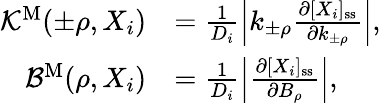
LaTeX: \begin{array}{rl}{{\mathcal K}^{\mathrm{M}}(\pm\rho,X_{i})}&{=\frac{1}{D_{i}}\left|k_{\pm\rho}\frac{\partial[X_{i}]_{\mathrm{ss}}}{\partial k_{\pm\rho}}\right|,}\\ {{\mathcal B}^{\mathrm{M}}(\rho,X_{i})}&{=\frac{1}{D_{i}}\left|\frac{\partial[X_{i}]_{\mathrm{ss}}}{\partial B_{\rho}}\right|,}\end{array}